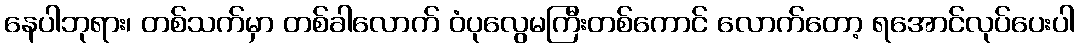
နေပါဘုရား၊ တစ်သက်မှာ တစ်ခါလောက် ဝံပုလွေမကြီးတစ်ကောင် လောက်တော့ ရအောင်လုပ်ပေးပါ